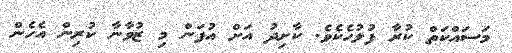
މަސައްކަތް ކުރާ ފުލުހެކެވެ. ކާށިދު އަށް އުފަން މި ޒުވާނާ ކުރިން އެހެން